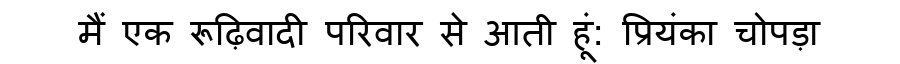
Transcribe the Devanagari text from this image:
मैं एक रूढ़िवादी परिवार से आती हूं: प्रियंका चोपड़ा